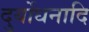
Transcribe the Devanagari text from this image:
दुर्योधनादि